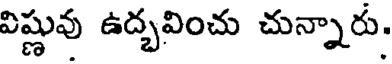
విష్ణువు ఉద్భవించు చున్నారు.